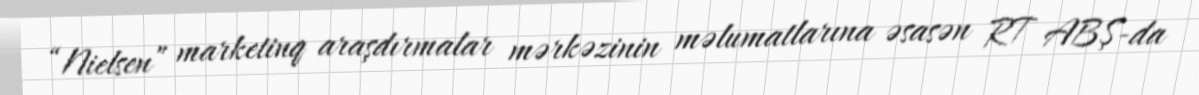
“Nielsen” marketinq araşdırmalar mərkəzinin məlumatlarına əsasən RT ABŞ-da